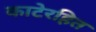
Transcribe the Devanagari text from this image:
काटेरहित